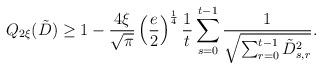
LaTeX: \begin{align*}Q_{2\xi}(\tilde{D}) & \ge 1-\frac{4 \xi} {\sqrt{\pi}} \left(\frac{e}{2} \right)^{\frac{1}4} \frac1{t}\sum_{s=0}^{t-1} \frac{1}{\sqrt{\sum_{r=0}^{t-1} \tilde{D}_{s,r}^2}}.\end{align*}